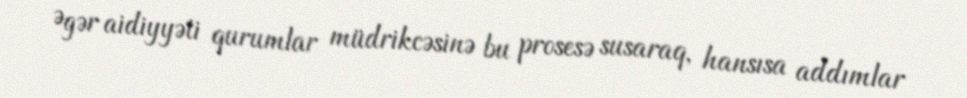
Əgər aidiyyəti qurumlar müdrikcəsinə bu prosesə susaraq, hansısa addımlar